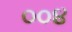
૦૦૪